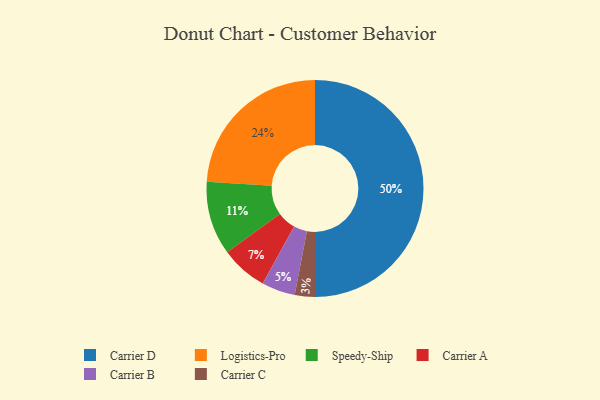
{"axis": {"x": "Category", "y": "Percentage"}, "legend": ["Carrier A", "Carrier B", "Carrier C", "Carrier D", "Logistics-Pro", "Speedy-Ship"], "data": [{"x": "Carrier B", "y": 5, "type": "Carrier B"}, {"x": "Speedy-Ship", "y": 11, "type": "Speedy-Ship"}, {"x": "Carrier D", "y": 50, "type": "Carrier D"}, {"x": "Carrier A", "y": 7, "type": "Carrier A"}, {"x": "Carrier C", "y": 3, "type": "Carrier C"}, {"x": "Logistics-Pro", "y": 24, "type": "Logistics-Pro"}]}